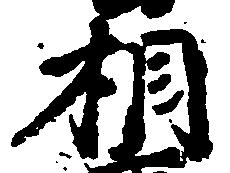
相